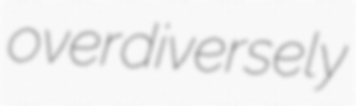
overdiversely